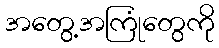
အတွေ့အကြုံတွေကို